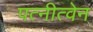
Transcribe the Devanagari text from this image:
पत्नीत्वेन